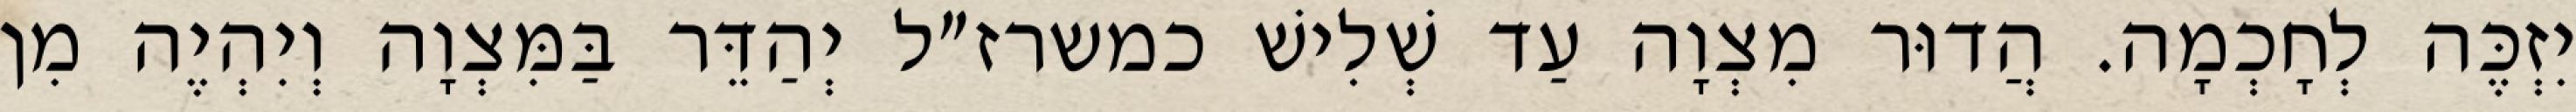
יִזְכֶּה לְחָכְמָה. הֲדוּר מִצְוָה עַד שְׁלִישׁ כמשרז״ל יְהַדֵּר בַּמִּצְוָה וְיִהְיֶה מִן